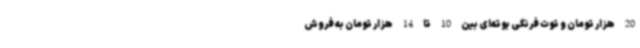
20 هزار تومان و توت فرنگی بوته‌ای بین 10 تا 14 هزار تومان به فروش